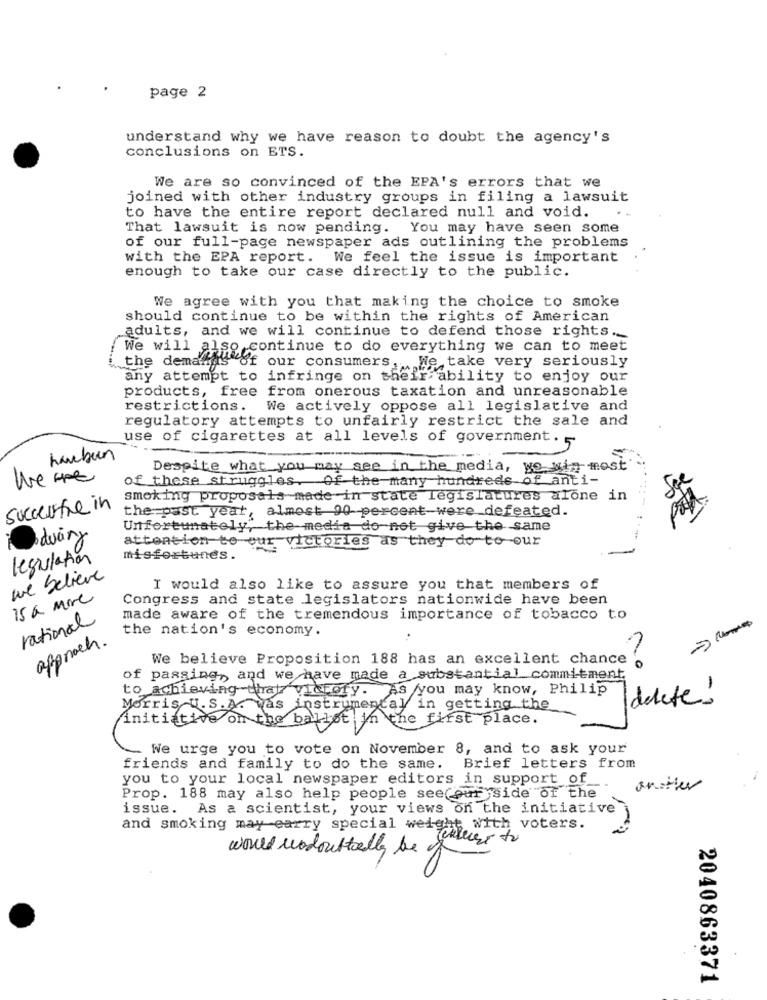
page 2
understand why we have reason to doubt the agency's
conclusions on ETS.
We are so convinced of the EPA's errors that we
joined with other industry groups in filing a lawsuit
to have the entire report declared null and void.
..
That lawsuit is now pending. You may have seen some
of our full-page newspaper ads outlining the problems
with the EPA report. We feel the issue is important
enough to take our case directly to the public.
We agree with you that making the choice to smoke
should continue to be within the rights of American
adults, and we will continue to defend those rights.
We will also continue to do everything we can to meet
the demands of our consumers, We take very seriously
any attempt to infringe on their ability to enjoy our
products, free from onerous taxation and unreasonable
restrictions.
We actively oppose all legislative and
regulatory attempts to unfairly restrict the sale and
use of cigarettes at all levels of government. 5
hambur
Despite what you may see in the media, yo win most
We are
of these struggles. Of the many hundreds of anti-
smoking proposals made-in state legislatures alone in
successfre in
the past year, almost 90 percent were defeated.
Unfortunately, the media do not give the same
duiny
attention to our victories as they do to our
lesulation
misfortunes.
we believe
I would also like to assure you that members of
is a more
Congress and state legislators nationwide have been
rational
made aware of the tremendous importance of tobacco to
the nation's economy.
approch.
We believe Proposition 188 has an excellent chance
of passing, and we have made a substantial commitment,
to achieving that victory. As you may know, Philip
I delete!
initiative on the ballot in the first place.
_ We urge you to vote on November 8, and to ask your
friends and family to do the same.
Brief letters from
you to your local newspaper editors in support of
another
Prop. 188 may also help people see(our side of the
issue. As a scientist, your views on the initiative
and smoking may earry special weight with voters.
would vodoustelly be of
2040863371